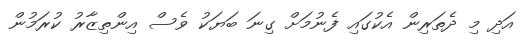
އަދި މި ދެތަރިން އެކުގައި ފެނުމަށް ގިނަ ބަޔަކު ވެސް އިންތިޒާރު ކުރަމުން